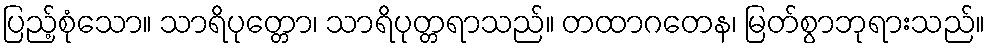
ပြည့်စုံသော။ သာရိပုတ္တော၊ သာရိပုတ္တရာသည်။ တထာဂတေန၊ မြတ်စွာဘုရားသည်။